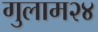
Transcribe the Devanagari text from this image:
गुलाम२४